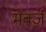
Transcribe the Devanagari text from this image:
मेंबर्ज़